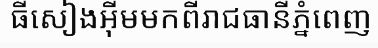
ធីសៀងអ៊ីមមកពីរាជធានីភ្នំពេញ